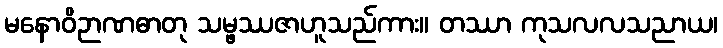
မနောဝိဉာဏဓာတု သမ္ဖဿဇာဟူသည်ကား။ တဿာ ကုသလလသညာယ၊